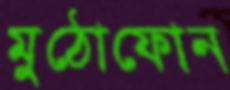
মুঠোফোন